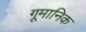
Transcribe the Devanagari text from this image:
गूमानिक